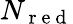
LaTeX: N_{\mathrm{~r~e~d~}}